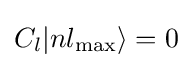
C_{l}|nl_{\text{max}}\rangle =0